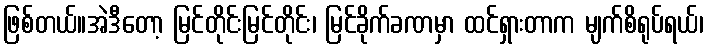
ဖြစ်တယ်။အဲဒီတော့ မြင်တိုင်းမြင်တိုင်း၊ မြင်ခိုက်ခဏမှာ ထင်ရှားတာက မျက်စိရုပ်ရယ်၊